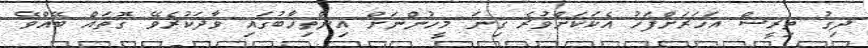
ދިގު ތިރީސް އަހަރަށްފަހު އެކަކަށްވުރެ ގިނަ މީހުންނަށް އިންތިޚާބުގައި ވާދަކުރެވޭ ގޮތައް ބޭއްވޭ